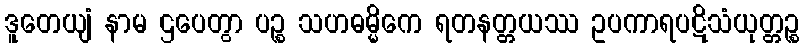
ဒူတေယျံ နာမ ဌပေတွာ ပဉ္စ သဟဓမ္မိကေ ရတနတ္တယဿ ဥပကာရပဋိသံယုတ္တဉ္စ